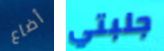
أضاع جلبتي